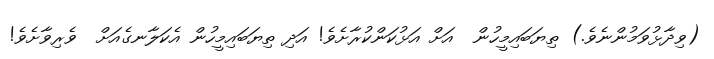
(ވިދާޅުވަމުންނެވެ.) ތިޔަބައިމީހުން  އަށް އަޅުކަންކުރާށެވެ! އަދި ތިޔަބައިމީހުން އެކަލާނގެއަށް  ވެރިވާށެވެ!